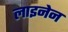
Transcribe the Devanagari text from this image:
लाइनेन